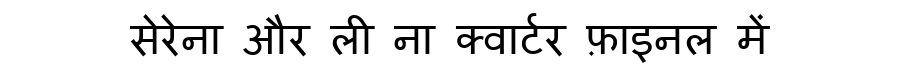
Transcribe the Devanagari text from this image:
सेरेना और ली ना क्वार्टर फ़ाइनल में